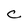
Character: C